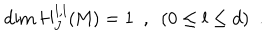
\dim { H _ { J } ^ { l , l } } ( { \mathrm { M } } ) = 1 \, \, \, , \, \, \, ( { 0 \leq l \leq d } ) \, \, \, .